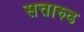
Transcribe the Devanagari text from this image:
सत्तारुढ